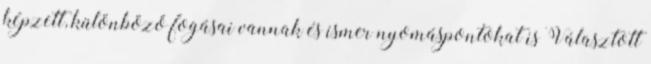
képzett, különböző fogásai vannak és ismer nyomáspontokat is Választott